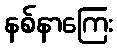
နစ်နာကြေး